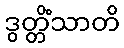
ဒွတ္တိံသာတိ